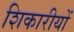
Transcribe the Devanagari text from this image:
शिकारीयों